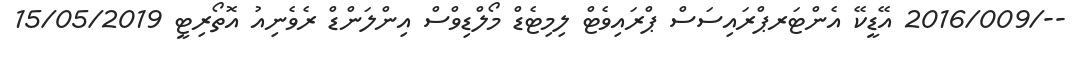
--/2016/009 އޭޑީކޭ އެންޓަރޕްރައިސަސް ޕްރައިވެޓް ލިމިޓެޑް މޯލްޑިވްސް އިންލަންޑް ރެވެނިއު އޮތޯރިޓީ 15/05/2019